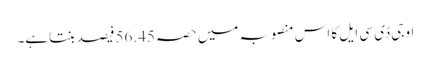
او جی ڈی سی ایل کا اس منصوبہ میں حصہ 56.45فیصد بنتاہے۔